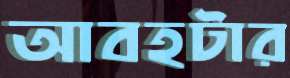
আবহটার